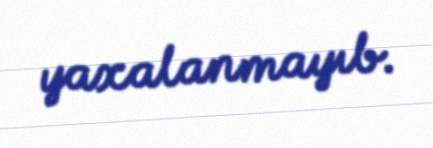
yaxalanmayıb.